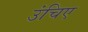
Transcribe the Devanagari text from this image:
उंचिए